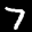
Label: 7